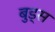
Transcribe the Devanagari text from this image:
बुड्स